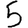
Digit: 5